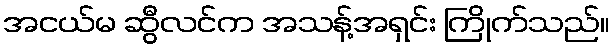
အငယ်မ ဆွီလင်က အသန့်အရှင်း ကြိုက်သည်။